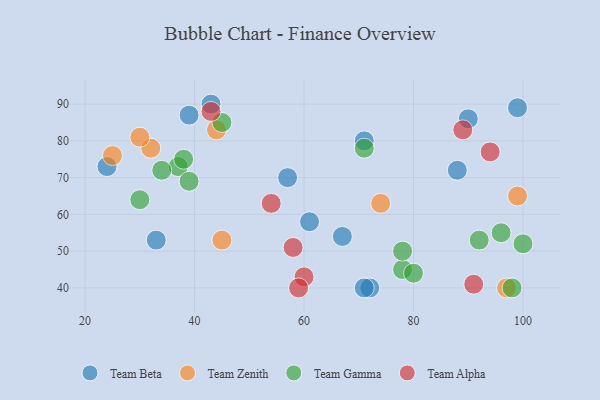
{"axis": {"x": "GDP", "y": "Life Expectancy"}, "legend": ["Team Alpha", "Team Beta", "Team Gamma", "Team Zenith"], "data": [{"x": "72", "y": 40, "type": "Team Beta"}, {"x": "43", "y": 90, "type": "Team Beta"}, {"x": "90", "y": 86, "type": "Team Beta"}, {"x": "39", "y": 87, "type": "Team Beta"}, {"x": "99", "y": 89, "type": "Team Beta"}, {"x": "61", "y": 58, "type": "Team Beta"}, {"x": "71", "y": 80, "type": "Team Beta"}, {"x": "67", "y": 54, "type": "Team Beta"}, {"x": "57", "y": 70, "type": "Team Beta"}, {"x": "33", "y": 53, "type": "Team Beta"}, {"x": "24", "y": 73, "type": "Team Beta"}, {"x": "88", "y": 72, "type": "Team Beta"}, {"x": "71", "y": 40, "type": "Team Beta"}, {"x": "45", "y": 53, "type": "Team Zenith"}, {"x": "32", "y": 78, "type": "Team Zenith"}, {"x": "99", "y": 65, "type": "Team Zenith"}, {"x": "97", "y": 40, "type": "Team Zenith"}, {"x": "30", "y": 81, "type": "Team Zenith"}, {"x": "25", "y": 76, "type": "Team Zenith"}, {"x": "44", "y": 83, "type": "Team Zenith"}, {"x": "74", "y": 63, "type": "Team Zenith"}, {"x": "98", "y": 40, "type": "Team Gamma"}, {"x": "78", "y": 45, "type": "Team Gamma"}, {"x": "30", "y": 64, "type": "Team Gamma"}, {"x": "92", "y": 53, "type": "Team Gamma"}, {"x": "37", "y": 73, "type": "Team Gamma"}, {"x": "45", "y": 85, "type": "Team Gamma"}, {"x": "100", "y": 52, "type": "Team Gamma"}, {"x": "39", "y": 69, "type": "Team Gamma"}, {"x": "96", "y": 55, "type": "Team Gamma"}, {"x": "34", "y": 72, "type": "Team Gamma"}, {"x": "38", "y": 75, "type": "Team Gamma"}, {"x": "78", "y": 50, "type": "Team Gamma"}, {"x": "80", "y": 44, "type": "Team Gamma"}, {"x": "71", "y": 78, "type": "Team Gamma"}, {"x": "89", "y": 83, "type": "Team Alpha"}, {"x": "60", "y": 43, "type": "Team Alpha"}, {"x": "94", "y": 77, "type": "Team Alpha"}, {"x": "91", "y": 41, "type": "Team Alpha"}, {"x": "59", "y": 40, "type": "Team Alpha"}, {"x": "58", "y": 51, "type": "Team Alpha"}, {"x": "54", "y": 63, "type": "Team Alpha"}, {"x": "43", "y": 88, "type": "Team Alpha"}]}